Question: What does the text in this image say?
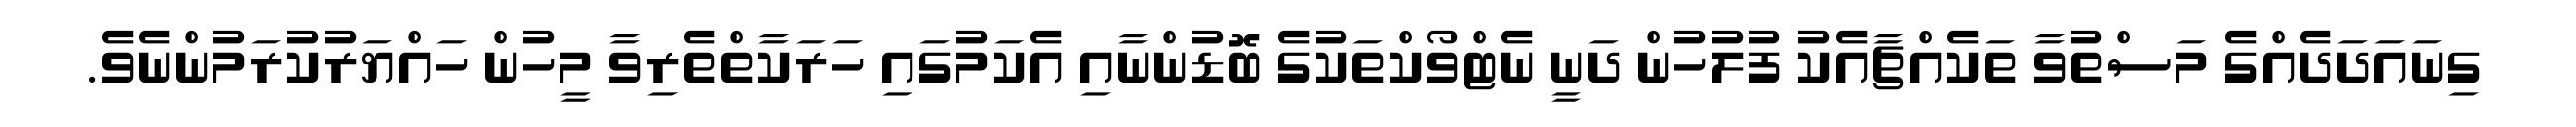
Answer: ގިނައަދަދެއްގެ މަސްތުވާ ތަކެއްޗާއެކު ފުލުހުން ދަނީ ނެޓްވޯކްތަކުގެ ބޮޑުންނާއި އެކަމުގައި ހަރަކާތްތެރިވާ މީހުން ހައްޔަރުކުރަމުންނެވެ.